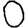
Digit: 0